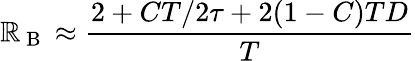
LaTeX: \mathbb{R}_{\mathrm{{~B~}}}\approx\frac{{2+CT/2\tau+2(1-C)TD}}{{T}}